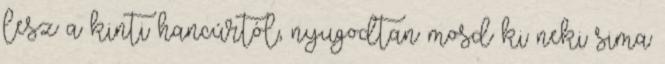
lesz a kinti hancúrtól, nyugodtan mosd ki neki sima